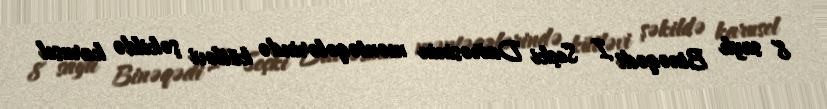
8 saylı Binəqədi I Seçki Dairəsinin məntəqələrində kütləvi şəkildə karusel